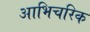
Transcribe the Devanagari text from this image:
आभिचरिक